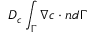
D _ { c } \int _ { \Gamma } \nabla c \cdot \boldsymbol { n } d \Gamma